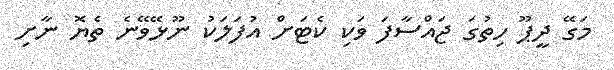
މަގޭ ދީޕޫ ހިތުގަ ޖައްސާފަ ވަކި ކެޓަށް އުފަލަކު ނޫޅޭވޭނެ ތެޔޮ ނާށި